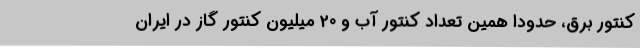
کنتور برق، حدوداً همین تعداد کنتور آب و 20 میلیون کنتور گاز در ایران